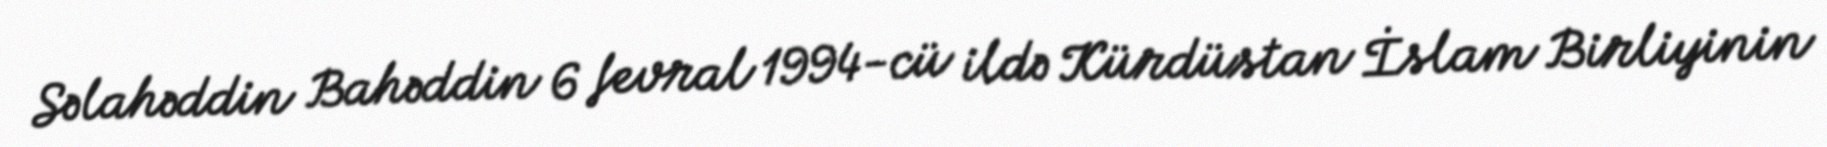
Səlahəddin Bahəddin 6 fevral 1994-cü ildə Kürdüstan İslam Birliyinin